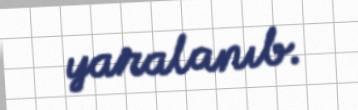
yaralanıb.